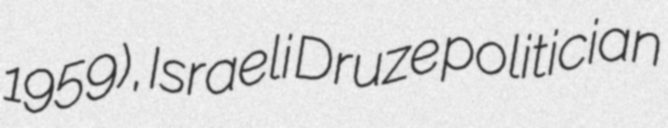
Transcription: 1959), Israeli Druze politician